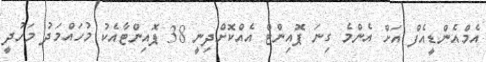
އެމްއެންޑީއެފް އަށް އެންމެ ގިނަ ޕޮއިންޓް އެއްކޮށްދިނީ 38 ޕޮއިންޓާއެކު މުހައްމަދު މަހުދީ